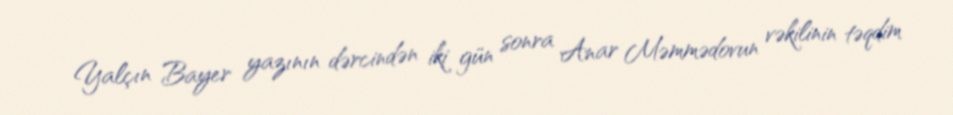
Yalçın Bayer yazının dərcindən iki gün sonra Anar Məmmədovun vəkilinin təqdim